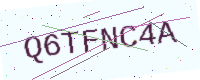
Text: Q6TFNC4A